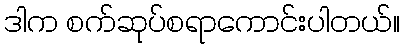
ဒါက စက်ဆုပ်စရာကောင်းပါတယ်။